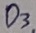
Text: D3